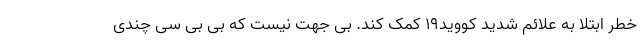
خطر ابتلا به علائم شدید کووید19 کمک کند. بی جهت نیست که بی بی سی چندی